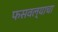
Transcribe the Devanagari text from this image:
फसवल्याचा